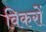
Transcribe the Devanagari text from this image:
विकरों